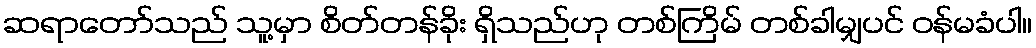
ဆရာတော်သည် သူ့မှာ စိတ်တန်ခိုး ရှိသည်ဟု တစ်ကြိမ် တစ်ခါမျှပင် ဝန်မခံပါ။